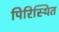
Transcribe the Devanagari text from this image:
पिरिस्थित